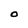
Character: 0